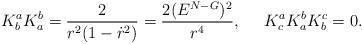
LaTeX: \begin{align*}K^{a}_{b} K^{b}_{a} = \frac{2}{r^2(1-\dot{r}^2)}= \frac{2(E^{N-G})^2}{r^4}, \;\;\;\;\; K^{a}_{c} K^{b}_{a} K^{c}_{b} = 0.\end{align*}